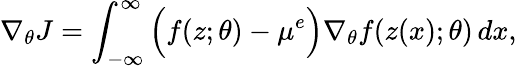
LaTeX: \nabla_{\theta}J=\int_{-\infty}^{\infty}\Big(f(z;\theta)-\mu^{e}\Big)\nabla_{\theta}f(z(x);\theta)\, dx,